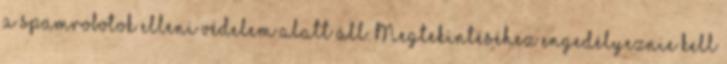
a spamrobotok elleni védelem alatt áll. Megtekintéséhez engedélyeznie kell